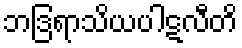
ဘဒြရာသိယပါဋလီတိ